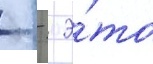
   э́то